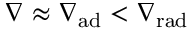
\ensuremath { \nabla } \approx \ensuremath { \nabla _ { \mathrm { { a d } } } } < \ensuremath { \nabla _ { \mathrm { { r a d } } } }